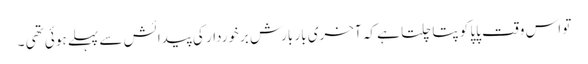
تو اس وقت پاپا کو پتا چلتا ہے کہ آخری بار بارش برخوردار کی پیدائش سے پہلے ہوئی تھی ۔